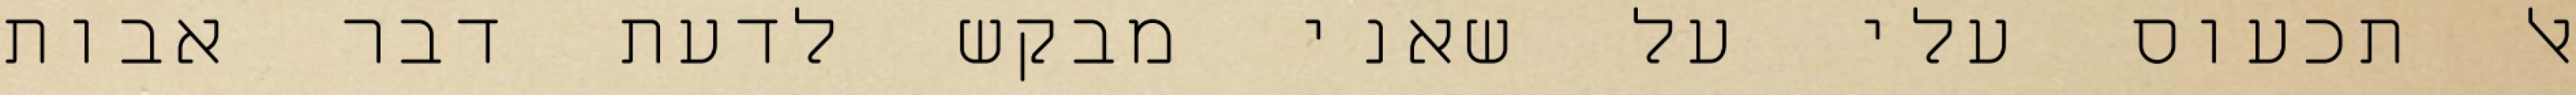
אל תכעוס עלי על שאני מבקש לדעת דבר אבות